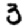
Digit: 3